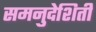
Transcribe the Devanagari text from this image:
समनुदेशिती